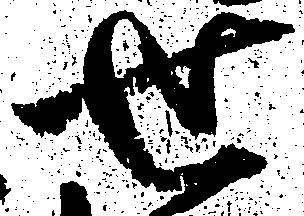
せ